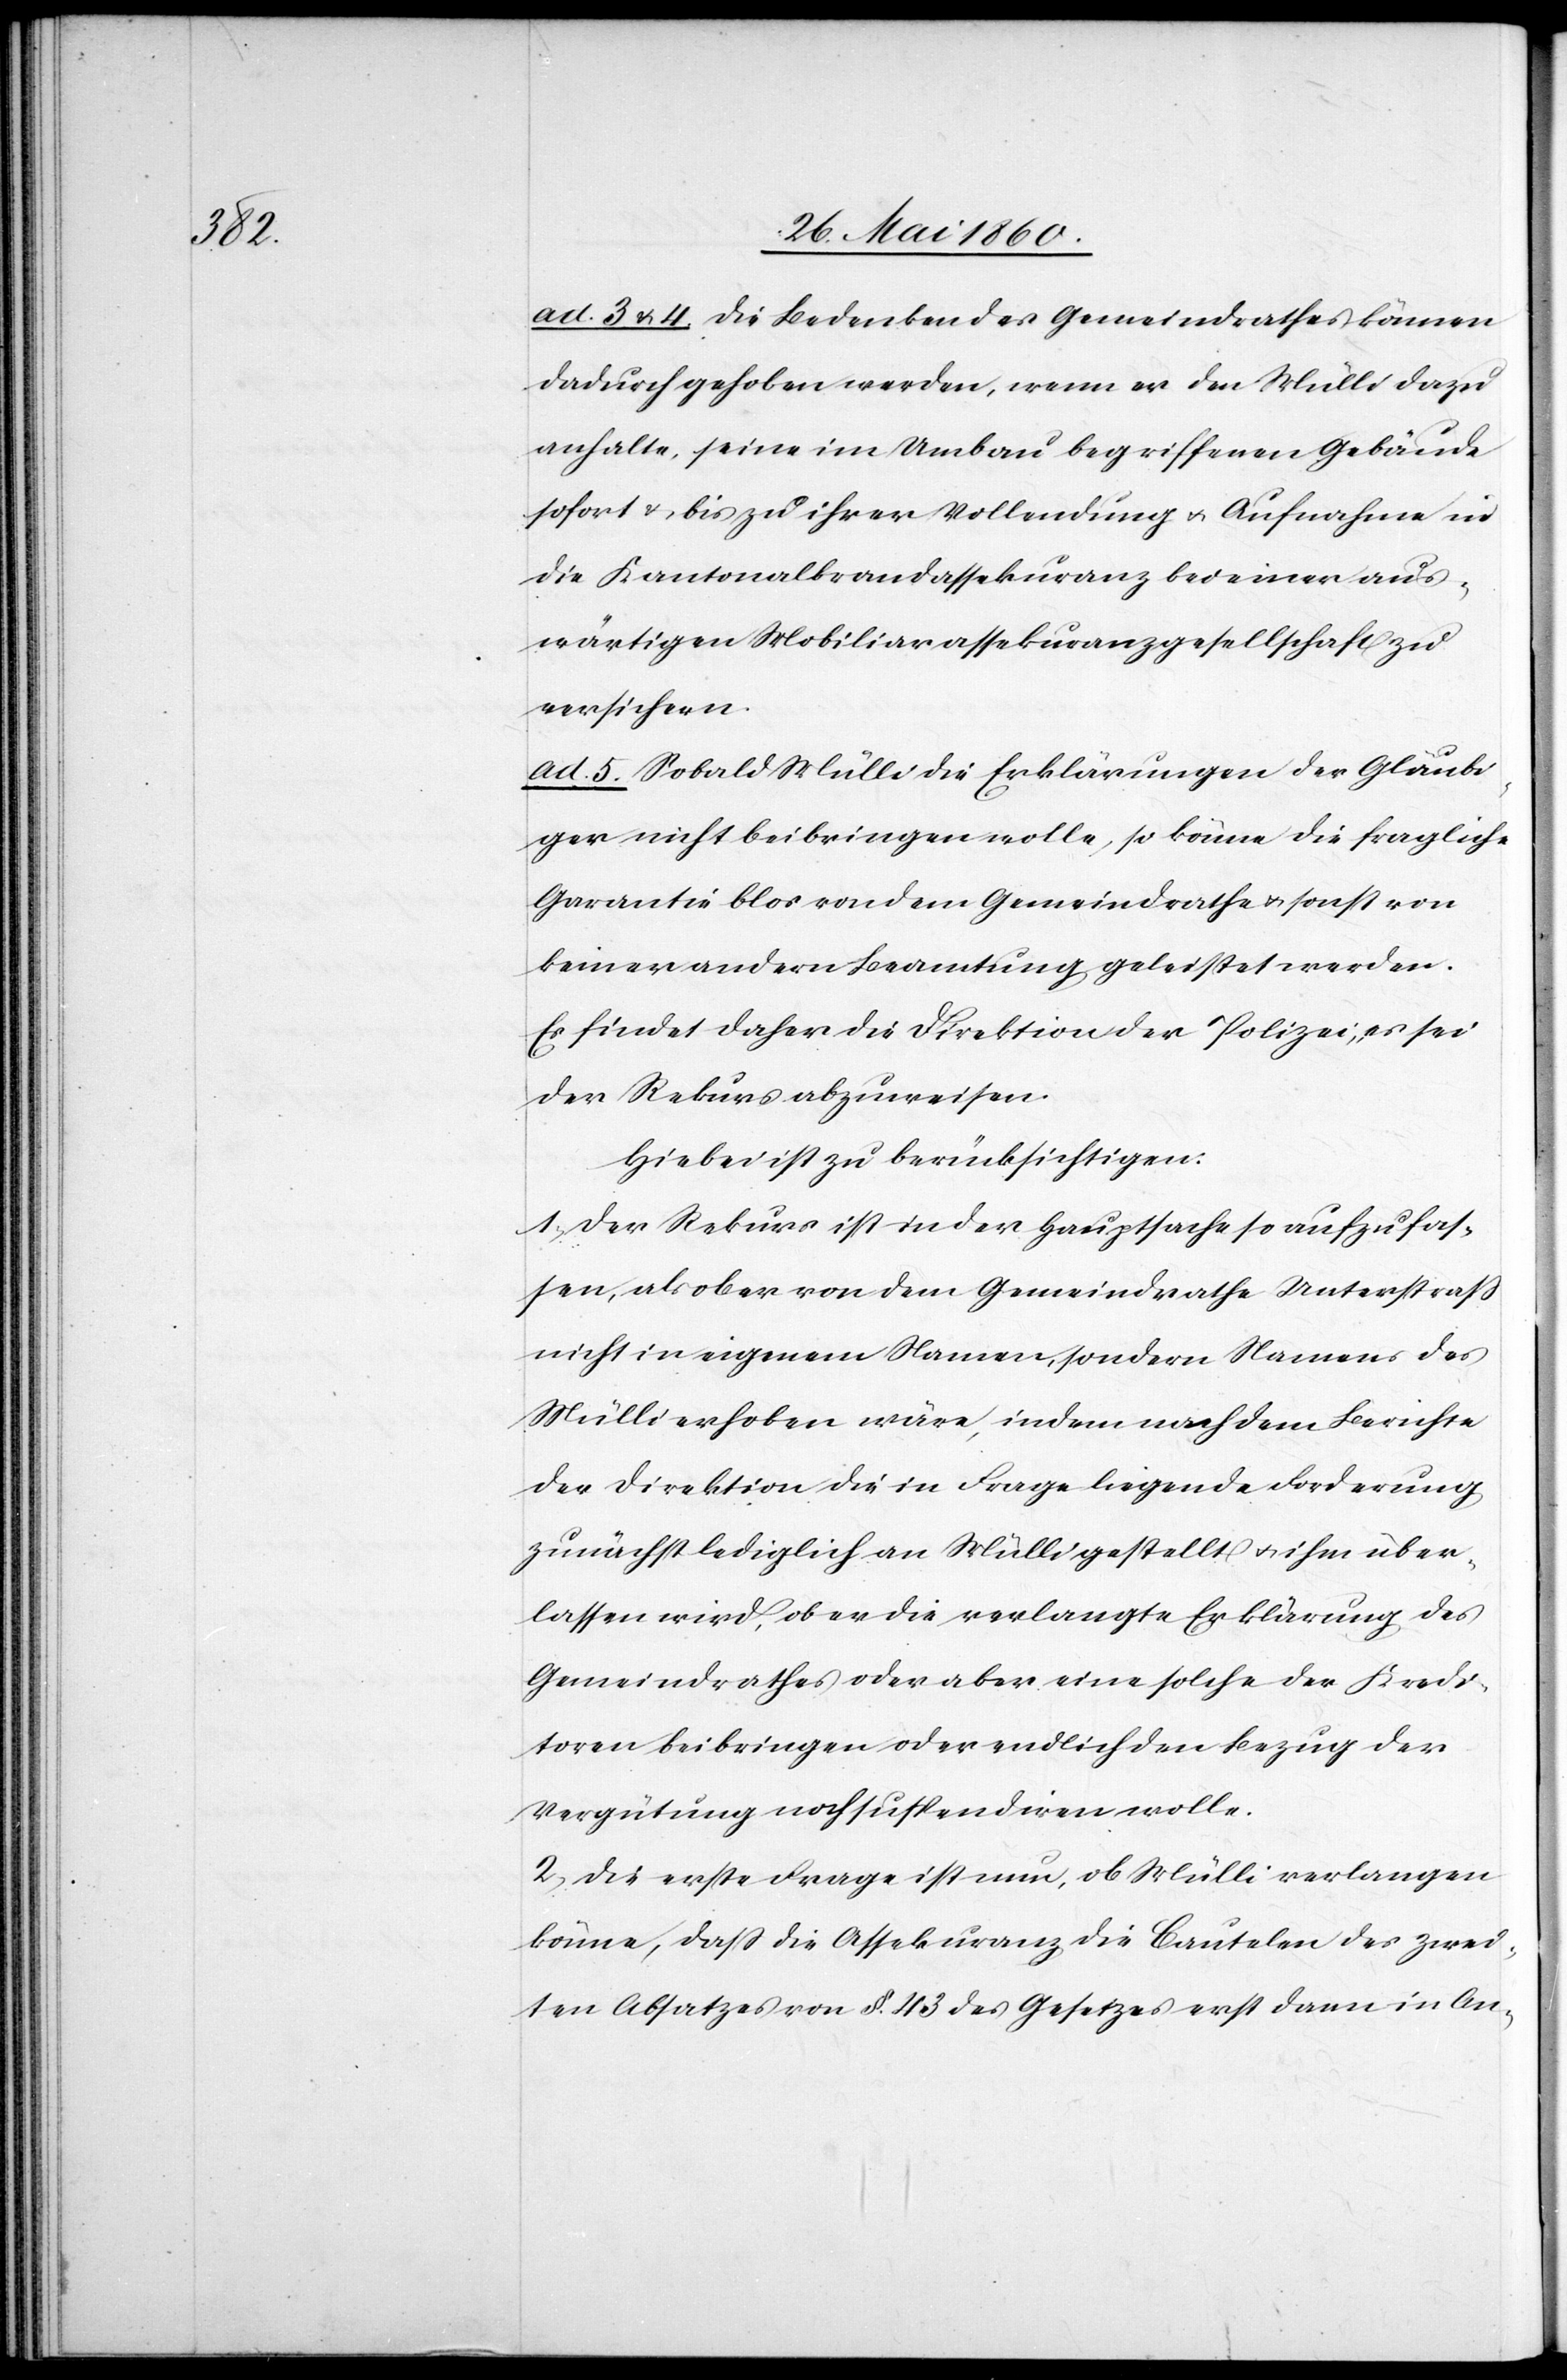
ad 3. u. 4. Die Bedenken des Gemeindrathes können
dadurch gehoben werden, wenn er den Mülli dazu
anhalte, seine im Umbau begriffenen Gebäude
sofort u. bis zu ihrer Vollendung u. Aufnahme in
die Kantonalbrandassekuranz bei einer aus¬
wärtigen Mobiliarassekuranzgesellschaft zu
versichern.
ad. 5. Sobald Mülli die Erklärungen der Gläubi¬
ger nicht beibringen wolle, so könne die fragliche
Garantie blos von dem Gemeindrathe u. sonst von
keiner andern Beamtung geleistet werden.
Es findet daher die Direktion der Polizei, es sei
der Rekurs abzuweisen.
Hiebei ist zu berücksichtigen:
1. Der Rekurs ist in der Hauptsache so aufzufas¬
sen, als ob er von dem Gemeindrathe Unterstrass
nicht in eigenem Namen, sondern Namens des
Mülli erhoben wäre, indem nach dem Berichte
der Direktion die in Frage liegende Forderung
zunächst lediglich an Mülli gestellt u. ihm über¬
lassen wird, ob er die verlangte Erklärung des
Gemeindrathes oder aber eine solche der Kredi¬
toren beibringen oder endlich den Bezug der
Vergütung noch suspendiren wolle.
2. Die erste Frage ist nun, ob Mülli verlangen
könne, dass die Assekuranz die Cautelen des zwei¬
ten Absatzes von §. 43. des Gesetzes erst dann in An-